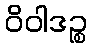
ဝိဝါဒဉ္စ